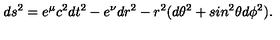
d s ^ { 2 } = e ^ { \mu } c ^ { 2 } d t ^ { 2 } - e ^ { \nu } d r ^ { 2 } - r ^ { 2 } ( d \theta ^ { 2 } + s i n ^ { 2 } \theta d \phi ^ { 2 } ) .